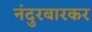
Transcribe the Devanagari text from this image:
नंदुरबारकर